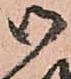
御